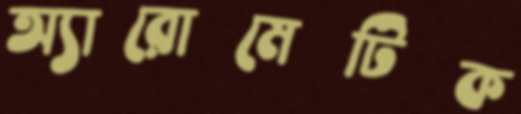
অ্যারোমেটিক